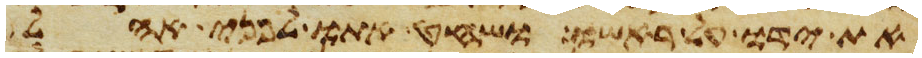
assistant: את ידו על ראשו ושחט אתו לפני אהל